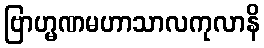
ဗြာဟ္မဏမဟာသာလကုလာနိ